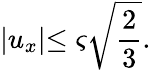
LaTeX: \lvert u_{x}\lvert\leq\varsigma\sqrt{\frac{2}{3}}.